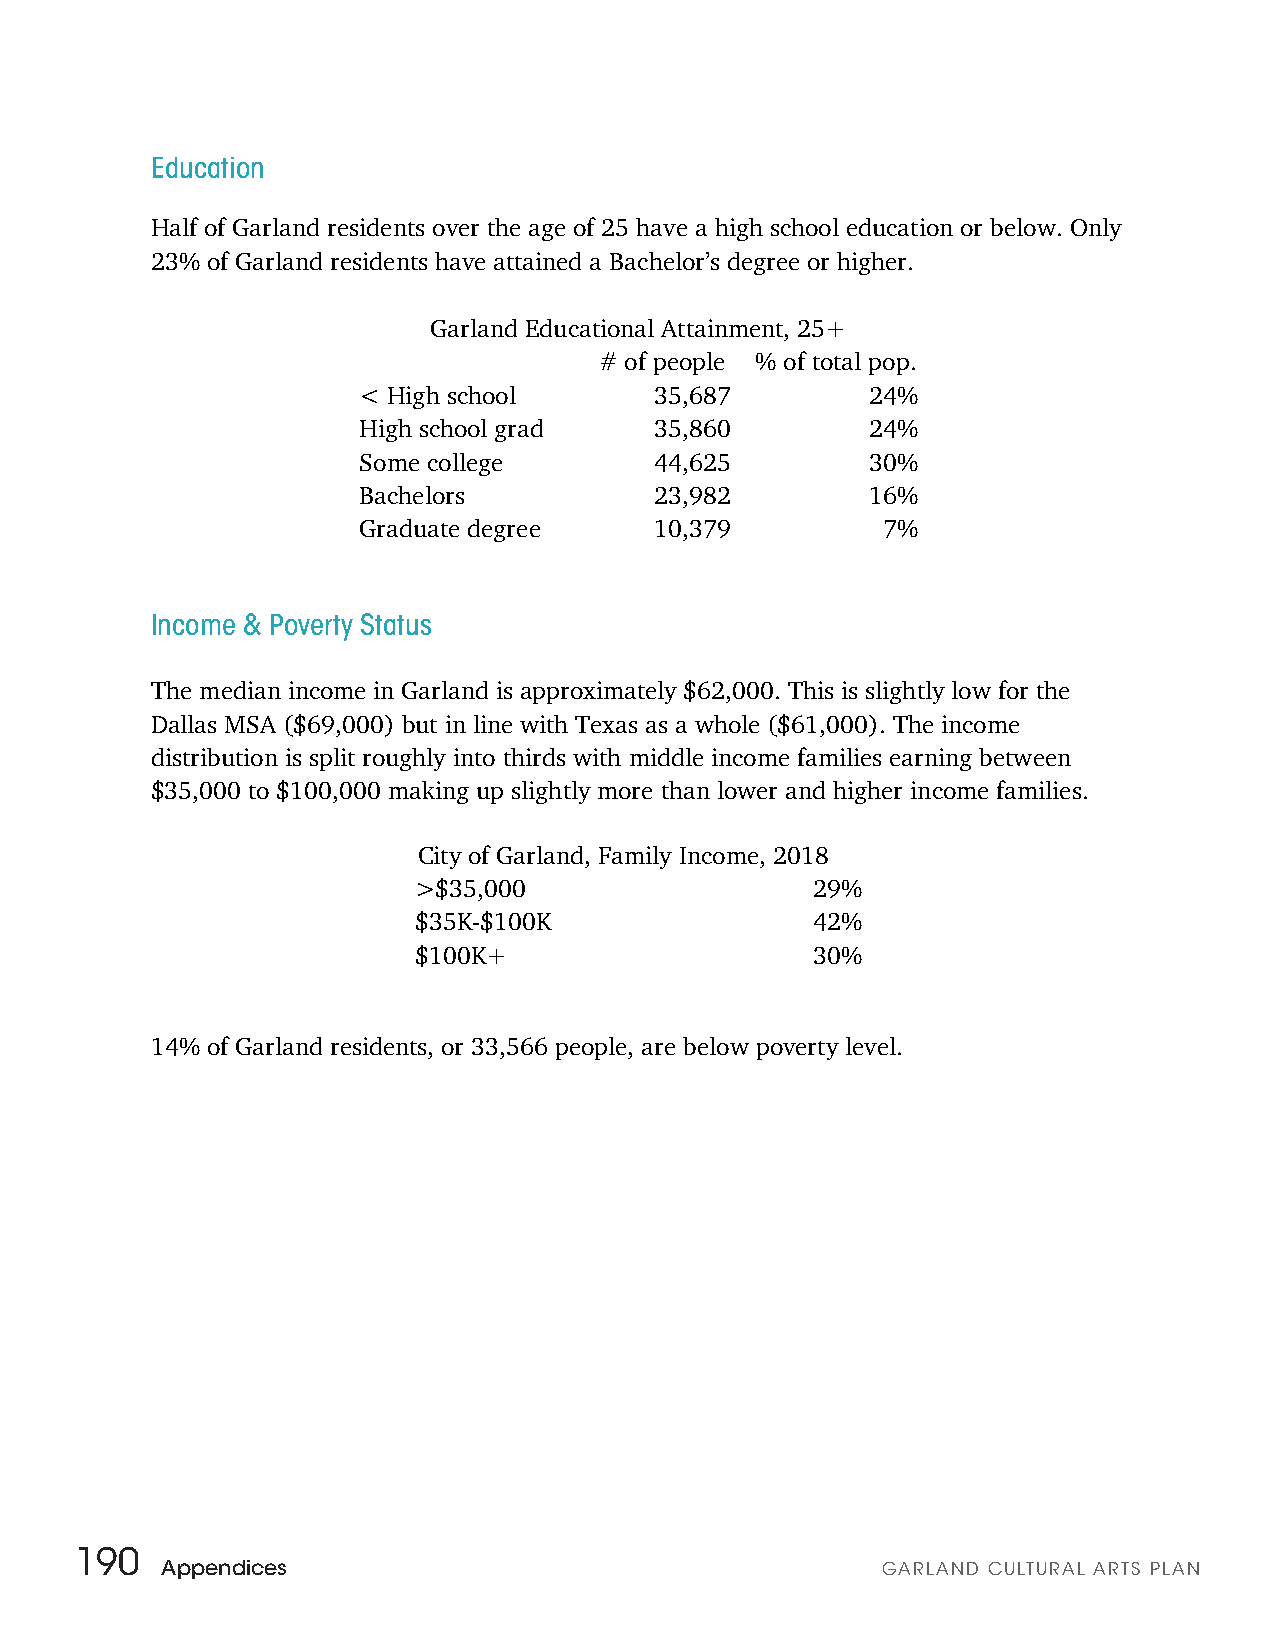
Education
 Half of Garland residents over the age of 25 have a high school education or below. Only
 23% of Garland residents have attained a Bachelor’s degree or higher.
 Garland Educational Attainment, 25+
 # of people % of total pop.
 < High school      35,687         24%
 High school grad   35,860         24%
 Some college       44,625         30%
 Bachelors          23,982         16%
 Graduate degree    10,379         7%
 Income & Poverty Status
 The median income in Garland is approximately $62,000. This is slightly low for the
 Dallas MSA ($69,000) but in line with Texas as a whole ($61,000). The income
 distribution is split roughly into thirds with middle income families earning between
 $35,000 to $100,000 making up slightly more than lower and higher income families.
 City of Garland, Family Income, 2018
 >$35,000                   29%
 $35K-$100K                 42%
 $100K+                     30%
 14% of Garland residents, or 33,566 people, are below poverty level.
 190
 Appendices                                     GARLAND CULTURAL ARTS PLAN